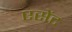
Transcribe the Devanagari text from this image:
एसेंट